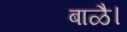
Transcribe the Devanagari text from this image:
बाळै।